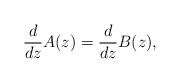
\begin{align*} \frac{d}{dz}A(z) =\frac{d}{dz}B(z), \end{align*}